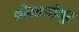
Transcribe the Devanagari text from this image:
थ्रीक्कारीयूर